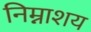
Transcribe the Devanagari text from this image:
निम्नाशय